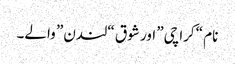
نام “کراچی” اور شوق “لندن” والے۔